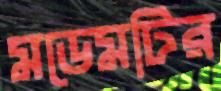
মডেমটির